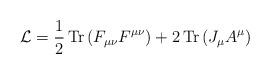
LaTeX: \begin{align*}{\cal L} = {1\over 2}\, {\rm Tr}\, (F_{\mu \nu} F^{\mu \nu}) + 2\, {\rm Tr}\, (J_\mu A^\mu)\end{align*}